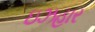
ઇઝહાર